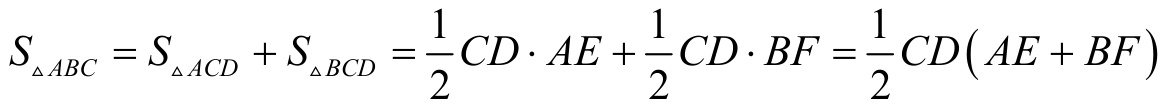
\(S_{\triangle ABC}=S_{\triangle ACD}+S_{\triangle BCD}=\frac{1}{2}CD\cdot AE+\frac{1}{2}CD\cdot BF=\frac{1}{2}CD(AE + BF)\)